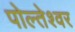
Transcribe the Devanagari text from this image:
पोल्तेश्वर